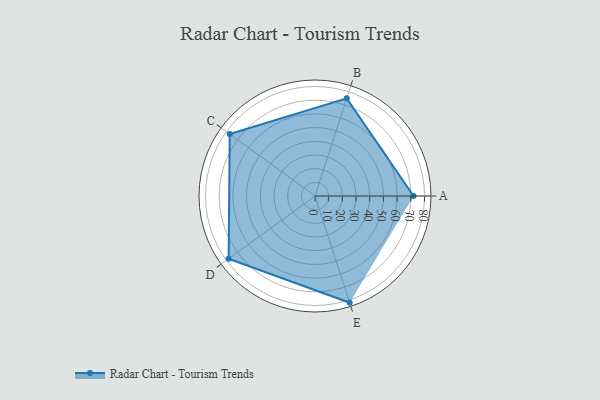
{"axis": {"x": "Skill", "y": "Score"}, "legend": ["Profile"], "data": [{"x": "A", "y": 72.0, "type": "Profile"}, {"x": "B", "y": 75.0, "type": "Profile"}, {"x": "C", "y": 77.0, "type": "Profile"}, {"x": "D", "y": 78.0, "type": "Profile"}, {"x": "E", "y": 82.0, "type": "Profile"}]}